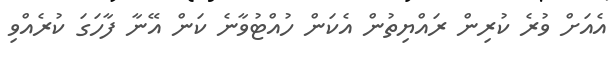
އެއަށް ވުރެ ކުރިން ރައްޔިތުން އެކަން ހުއްޓުވާނެ ކަން އޭނާ ފާހަގަ ކުރެއްވި